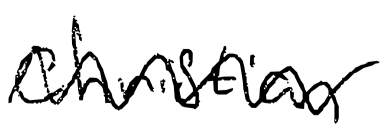
Text: Christian
Cross-out: zig-zag
Writing tool: digital_black